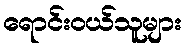
ရောင်းဝယ်သူများ